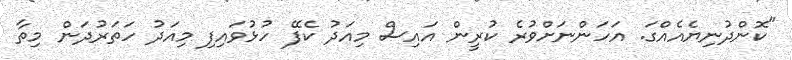
"ކޮންދުނިޔެއެއްގަ. އަހަންނަށްވުރެ ކުރީން އައިސް މިއަދު ކެފޭ ހުޅުވައިފި މިއަދު ހަތަރުދަން މިތާ